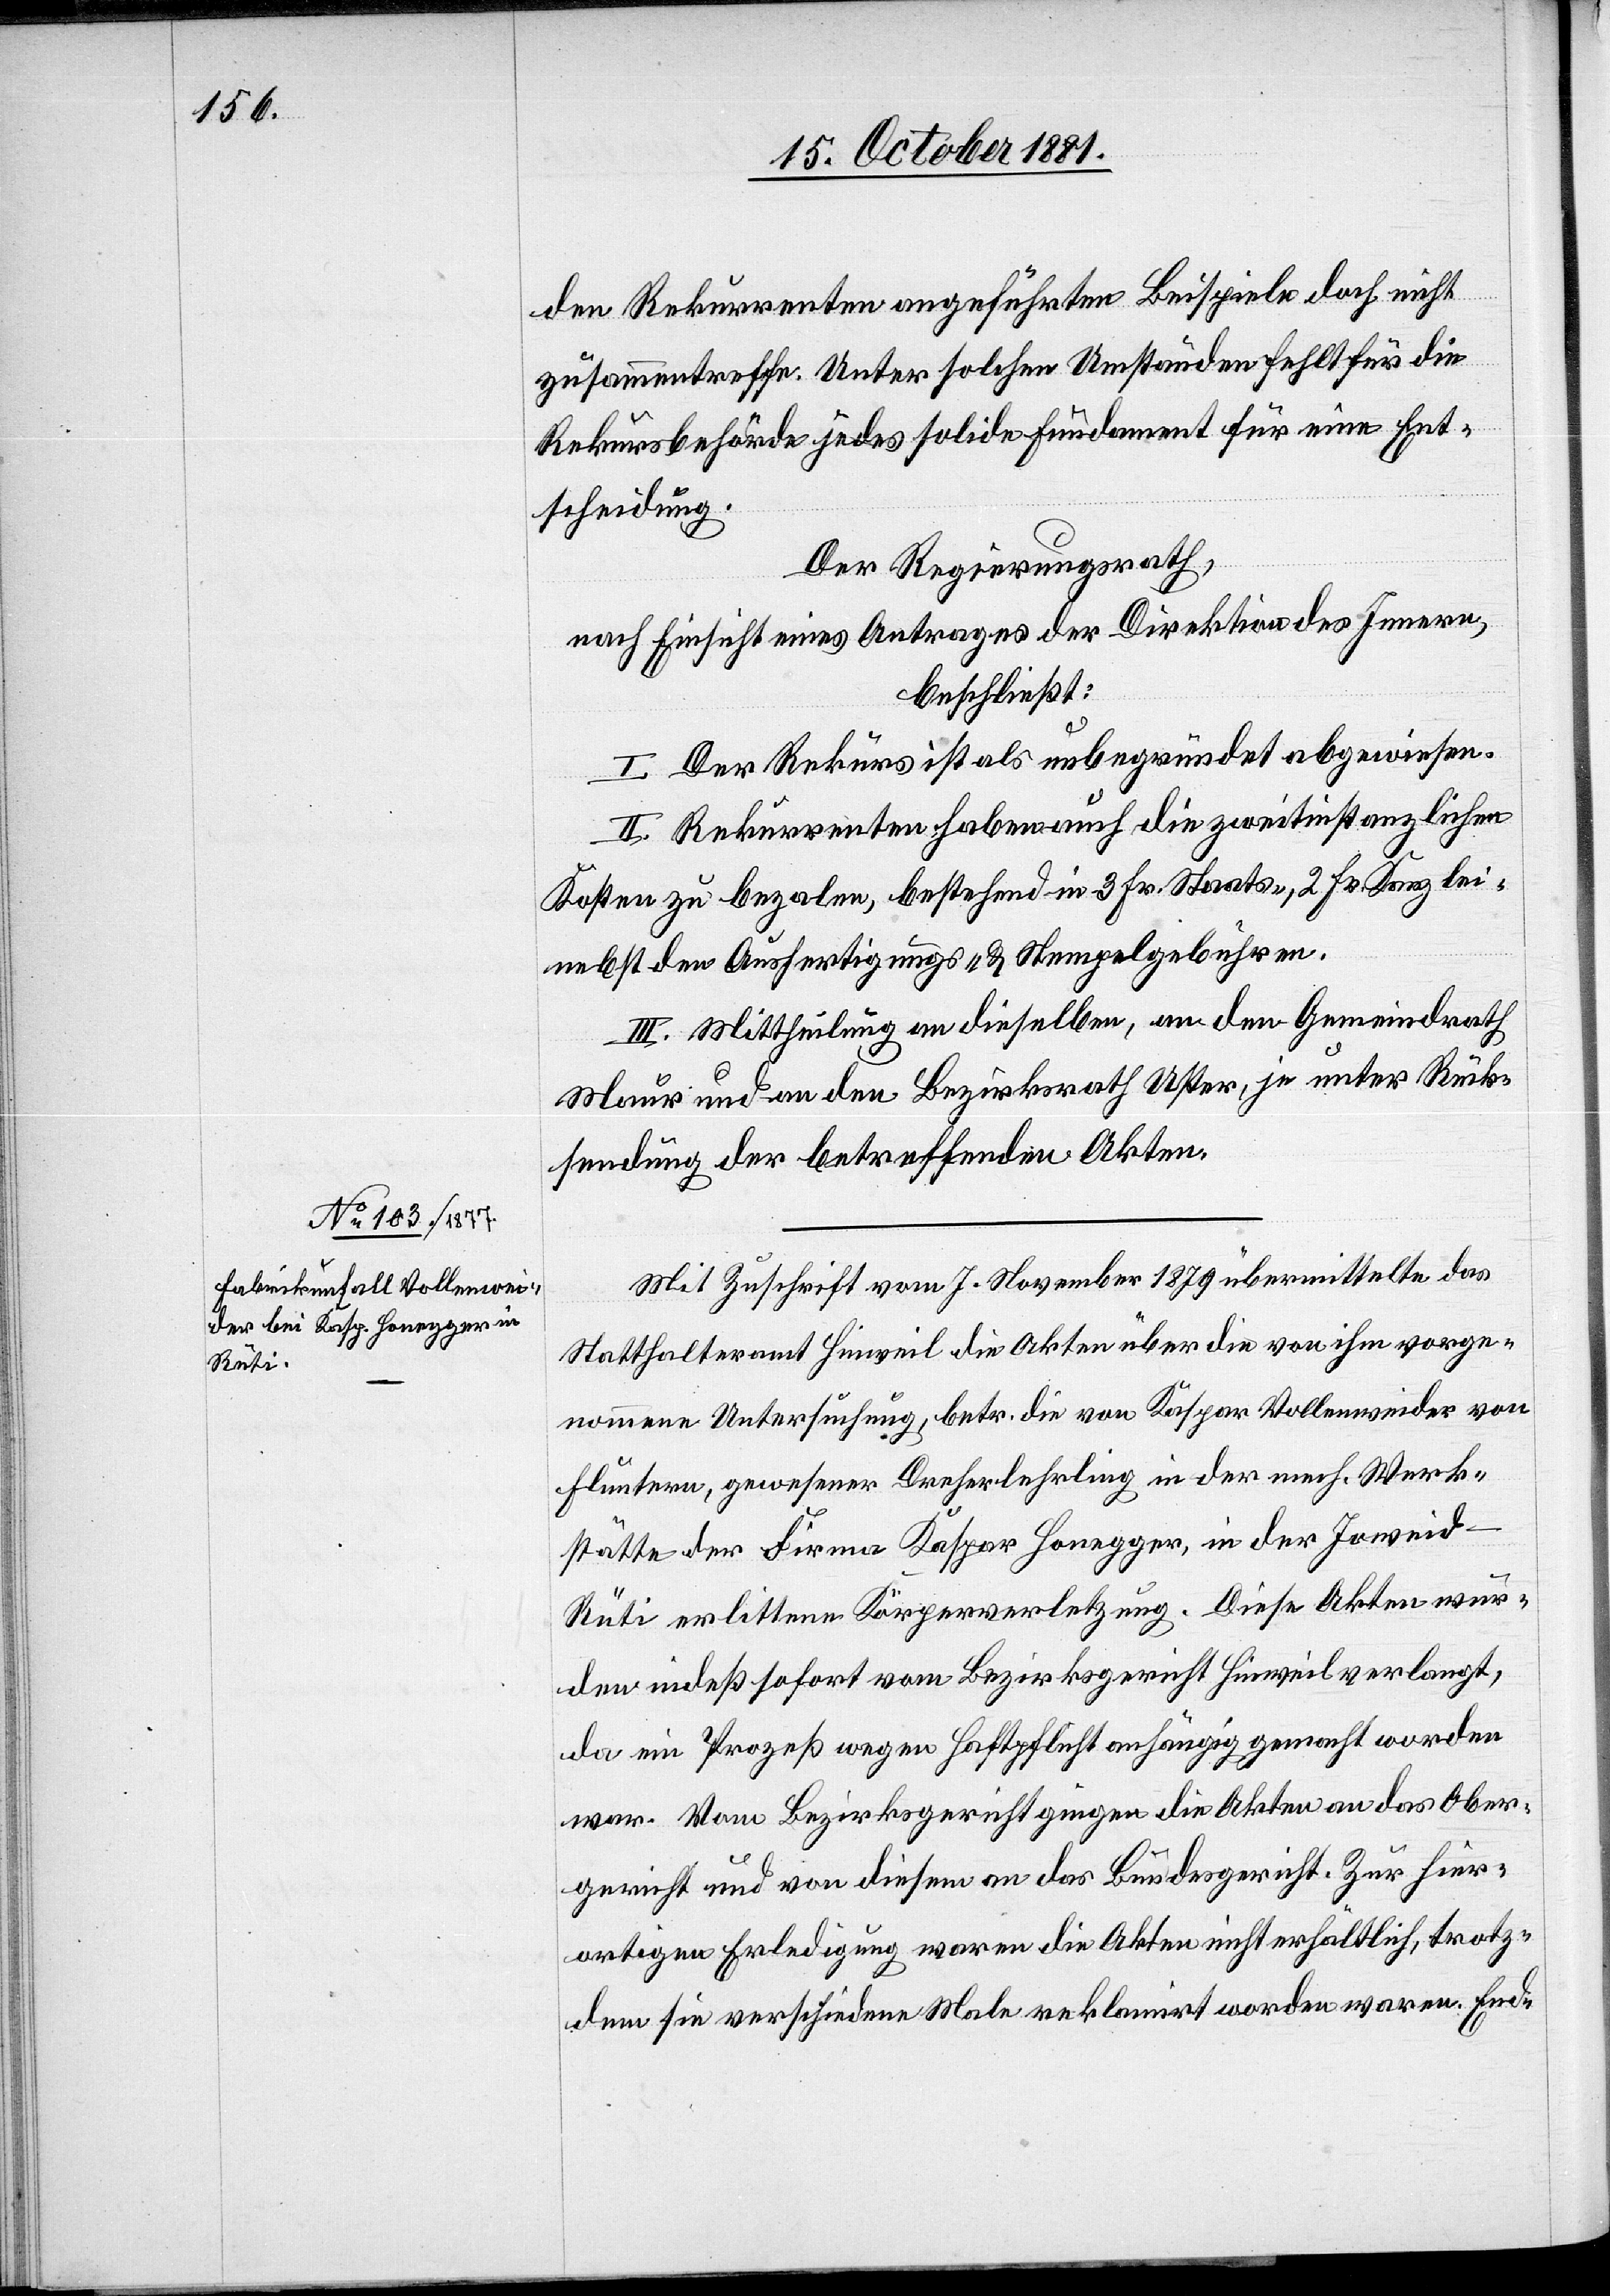
den Rekurrenten angeführten Beispiele doch nicht
zusammentreffe. Unter solchen Umständen fehlt für die
Rekursbehörde jedes solide Fundament für eine Ent¬
scheidung.
Der Regierungsrath,
nach Einsicht eines Antrages der Direktion des Innern,
beschließt:
I. Der Rekurs ist als unbegründet abgewiesen.
II. Rekurrenten haben auch die zweitinstanzlichen
Kosten zu bezalen, bestehend in 3 Fr. Staats-, 2 Fr. Kanzlei-[,]
nebst den Ausfertigungs- & Stempelgebühren.
III. Mittheilung an dieselben, an den Gemeindrath
Maur und an den Bezirksrath Uster, je unter Rück¬
sendung der betreffenden Akten.
Mit Zuschrift vom 7. November 1879 übermittelte das
Statthalteramt Hinweil die Akten über die von ihm vorge¬
nommene Untersuchung, betr. die von Kaspar Vollenweider von
Fluntern, gewesener Dreherlehrling in der mech. Werk¬
stätte der Firma Kaspar Honegger, in der Joweid
Rüti erlittene Körperverletzung. Diese Akten wur¬
den indeß sofort vom Bezirksgericht Hinweil verlangt,
da ein Prozeß wegen Haftpflicht anhängig gemacht worden
war. Vom Bezirksgericht genügen die Akten an das Ober¬
gericht und von diesem an das Bundesgericht. Zur hier¬
artigen Erledigung waren die Akten nicht erhältlich, trotz¬
dem sie verschiedene Male reklamirt worden waren. End-